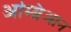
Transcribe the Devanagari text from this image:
अम्ब्रिआन